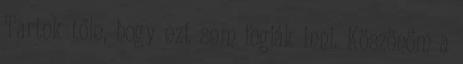
Tartok tőle, hogy ezt sem fogják inni. Köszönöm a